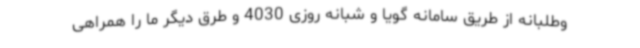
وطلبانه از طریق سامانه گویا و شبانه روزی 4030 و طرق دیگر ما را همراهی